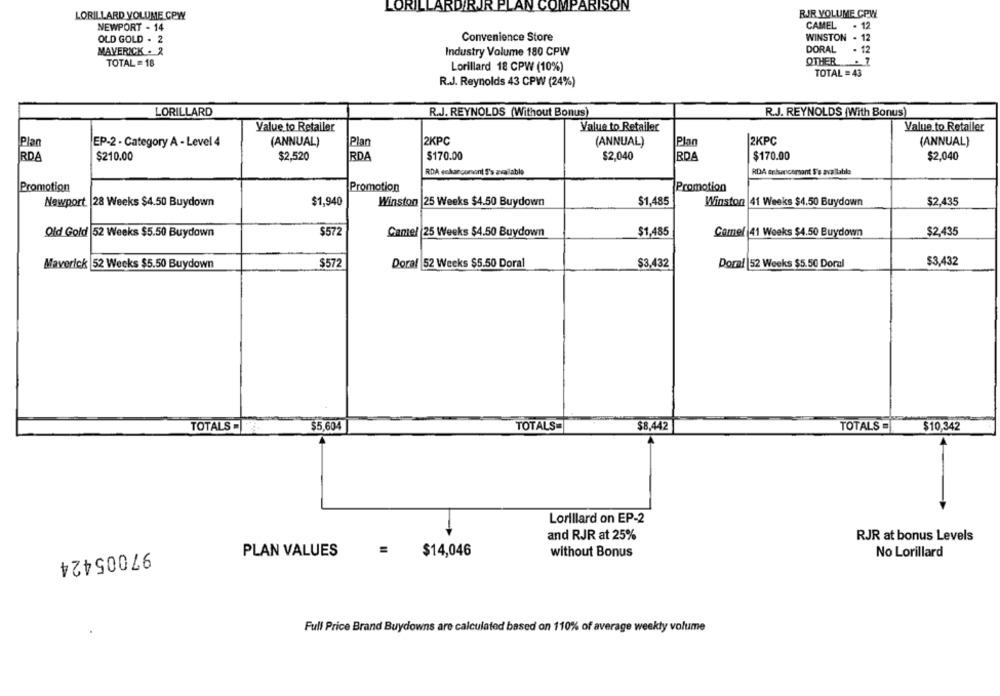
LORILLARDIRJR PLAN COMPARISON
LORILLARD YOLUME CPW
RJR YOLUME CPW
NEWPORT - 14
CAMEL
. 12
OLD GOLD . 2
Convenience Store
WINSTON . 12
DORAL . 12
MAVERICK . 2
Industry Volume 180 CPW
TOTAL = 18
OTHER . Z
Lorillard 18 CPW (10%)
TOTAL = 43
R.J. Reynolds 43 CPW (24%)
LORILLARD
R.J. REYNOLDS (Without Bonus)
R.J. REYNOLDS (With Bonus)
Value to Retailer
Value to Retailer
Value to Retailer
Plan
EP-2 - Category A - Level 4
(ANNUAL)
Plan
2KPC
(ANNUAL)
Plan
|2KPC
(ANNUAL)
IRDA
$210.00
$2,520
RDA
$170.00
$2,040
RDA
$170.00
$2.040
RDA echarcumont S's available
RDA enfuncomant $'s available
Promotion
Promotion
Promotion
$1,940
Winston |25 Weeks $4.50 Buydown
$1,485
Winston 41 Weeks $4.50 Buydown
$2.435
Newport |28 Weeks $4.50 Buydown
Old Gold 52 Weeks $5.50 Buydown
$572
Came/ 25 Weeks $4.50 Buydown
$1,485
Camel 41 Weeks $4.50 Buydown
$2,435
Maverick 52 Weeks $5.50 Buydown
$572
Doral 52 Weeks $5.50 Doral
$3,432
Domai 52 Weeks $5.50 Doral
$3,432
TOTALS
$5,604
TOTALS=
$8,442
TOTALS
$10,342
Lorillard on EP-2
and RJR at 25%
RJR at bonus Levels
=
97005424
PLAN VALUES
$14,046
without Bonus
No Lorillard
Full Price Brand Buydowns are calculated based on 110% of average weekly volume